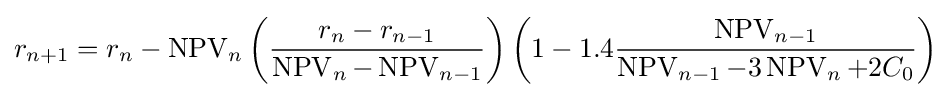
r_{n+1}=r_{n}-\operatorname {NPV} _{n}\left({\frac {r_{n}-r_{n-1}}{\operatorname {NPV} _{n}-\operatorname {NPV} _{n-1}}}\right)\left(1-1.4{\frac {\operatorname {NPV} _{n-1}}{\operatorname {NPV} _{n-1}-3\operatorname {NPV} _{n}+2C_{0}}}\right)